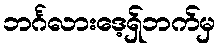
ဘင်္ဂလားဒေ့ရှ်ဘက်မှ